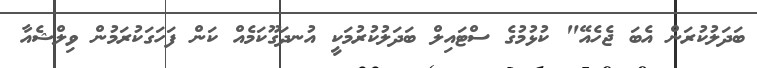
ބަދަލުކުރަން އެބަ ޖެހެއޭ" ކުޅުމުގެ ސްޓައިލް ބަދަލުކުރުމަކީ އުނދަގޫކަމެއް ކަން ފަހަގަކުރަމުން ވިލްޝެއާ